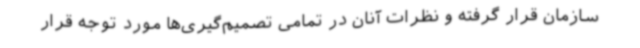
سازمان قرار گرفته و نظرات آنان در تمامی تصمیم‌گیری‌ها مورد توجه قرار